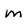
Character: m